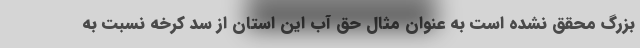
بزرگ محقق نشده است به عنوان مثال حق آب این استان از سد کرخه نسبت به